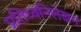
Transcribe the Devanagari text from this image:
प्रतिध्वनिलेखन